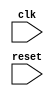
module sync_reset_function (
    input wire clk,
    input wire reset,
    // other input/output ports here
);

always @ (posedge clk or negedge reset) begin
    if (reset === 0) begin
        // Reset actions here
    end
end

endmodule